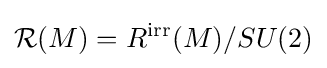
{\mathcal {R}}(M)=R^{\mathrm {irr} }(M)/SU(2)